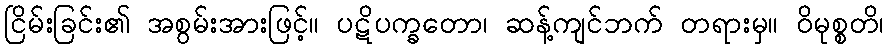
ငြိမ်းခြင်း၏ အစွမ်းအားဖြင့်။ ပဋိပက္ခတော၊ ဆန့်ကျင်ဘက် တရားမှ။ ဝိမုစ္စတိ၊